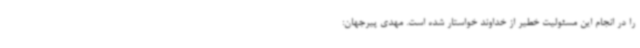
را در انجام این مسئولیت خطیر از خداوند خواستار شده است. مهدی پیرجهان: